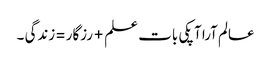
عالم آرا آپکی بات علم+رزگار =زندگی ۔